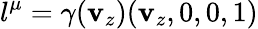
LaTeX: l^{\mu}=\gamma(\mathbf{v}_{z})(\mathbf{v}_{z},0,0,1)